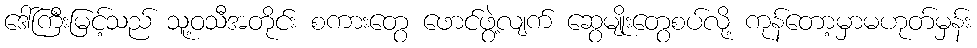
ဒေါ်ကြီးမြင့်သည် သူ့ဝသီအတိုင်း စကားတွေ ဖောင်ဖွဲ့လျက် ဆွေမျိုးတွေစပ်လို့ ကုန်တော့မှာမဟုတ်မှန်း